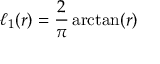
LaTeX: \ell _ { 1 } ( r ) = { \frac { 2 } { \pi } } \arctan ( r )